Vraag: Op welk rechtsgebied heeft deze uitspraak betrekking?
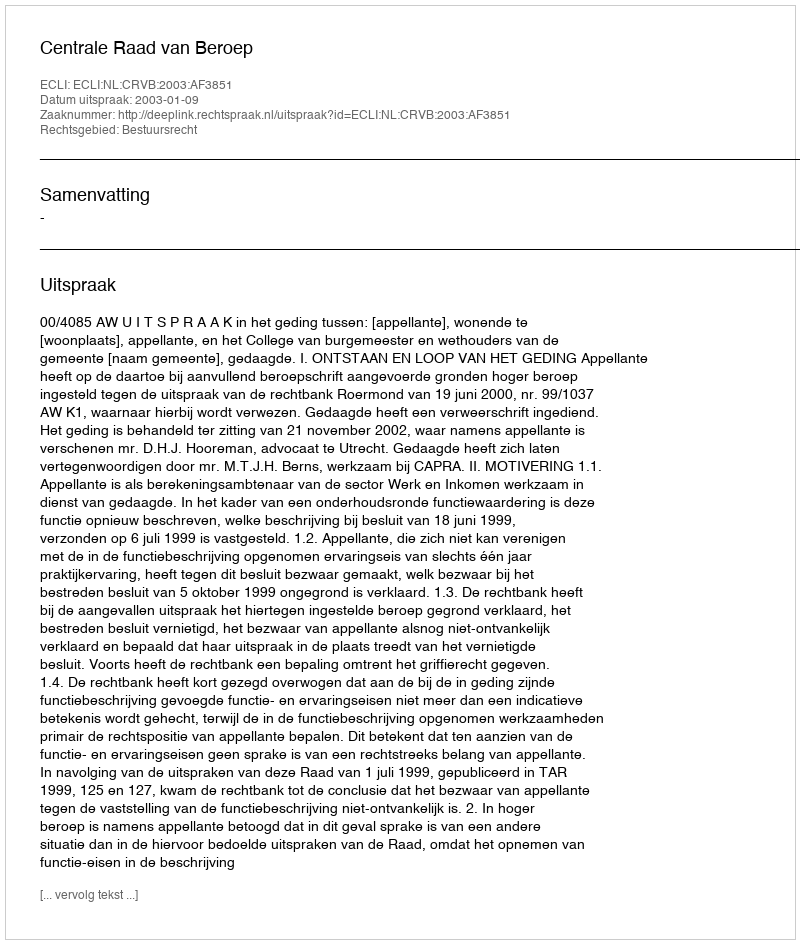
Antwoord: Bestuursrecht